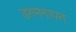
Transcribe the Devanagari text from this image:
डगमगापन